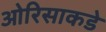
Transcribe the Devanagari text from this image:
ओरिसाकडे